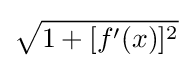
{\sqrt {1+[f'(x)]^{2}}}